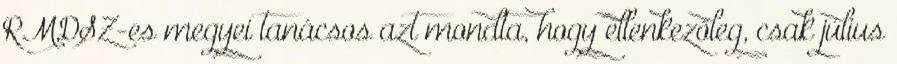
RMDSZ-es megyei tanácsos azt mondta, hogy ellenkezőleg, csak július